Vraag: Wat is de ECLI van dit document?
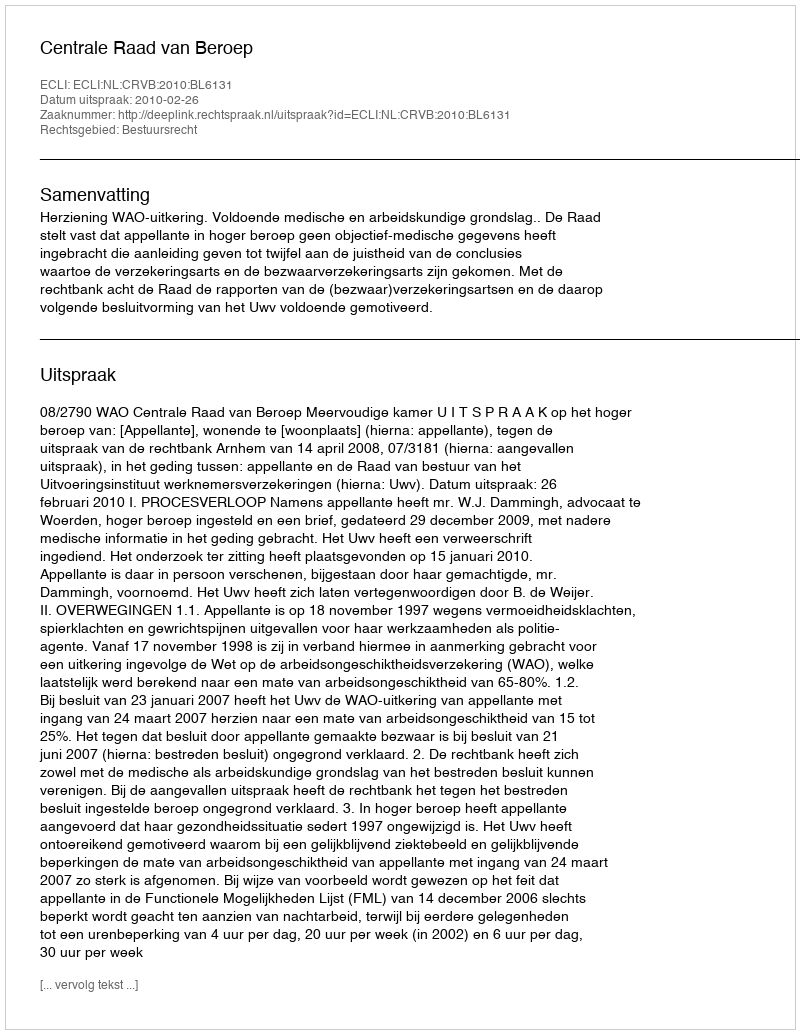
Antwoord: ECLI:NL:CRVB:2010:BL6131